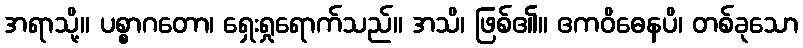
အရာသို့။ ပစ္စာဂတော၊ ရှေးရှုရောက်သည်။ အသိ၊ ဖြစ်၏။ ဧကဝိဓေနပိ၊ တစ်ခုသော